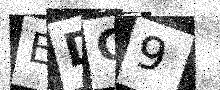
Text: EDC9